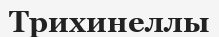
Трихинеллы